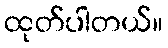
ထုတ်ပါတယ်။